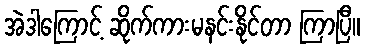
အဲဒါကြောင့် ဆိုက်ကားမနင်းနိုင်တာ ကြာပြီ။